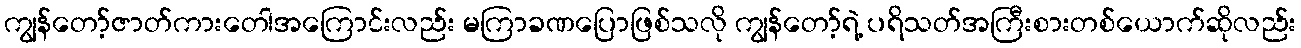
ကျွန်တော့်ဇာတ်ကားတေါအကြောင်းလည်း မကြာခဏပြောဖြစ်သလို ကျွန်တော့်ရဲ့ ပရိသတ်အကြီးစားတစ်ယောက်ဆိုလည်း